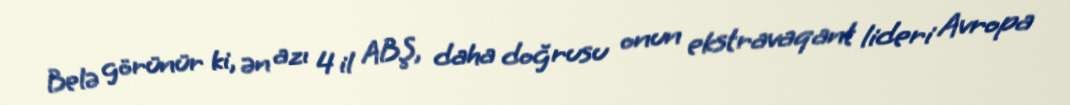
Belə görünür ki, ən azı 4 il ABŞ, daha doğrusu onun ekstravaqant lideri Avropa